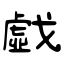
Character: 戱